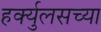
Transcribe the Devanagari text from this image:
हर्क्युलसच्या